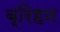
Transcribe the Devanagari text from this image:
ब्रिहन